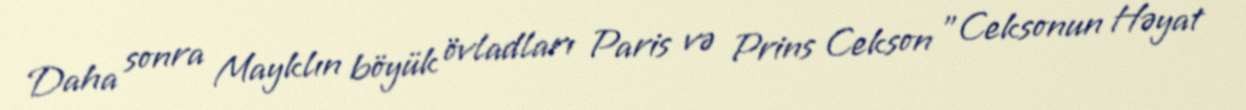
Daha sonra Mayklın böyük övladları Paris və Prins Cekson "Ceksonun Həyat